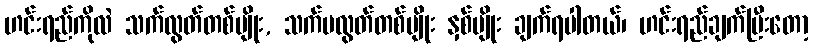
ဟင်းရည်ကိုလဲ သက်လွတ်တစ်မျိုး, သက်မလွတ်တစ်မျိုး နှစ်မျိုး ချက်ရပါတယ်၊ ဟင်းရည်ချက်ပြီးတော့